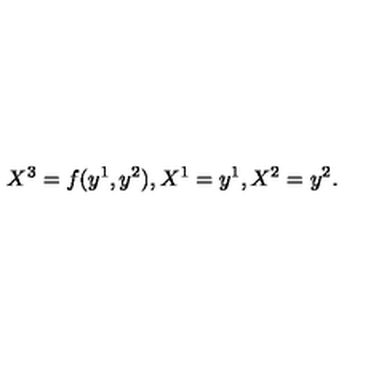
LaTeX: X ^ { 3 } = f ( y ^ { 1 } , y ^ { 2 } ) , X ^ { 1 } = y ^ { 1 } , X ^ { 2 } = y ^ { 2 } .